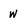
Character: w